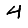
Digit: 4